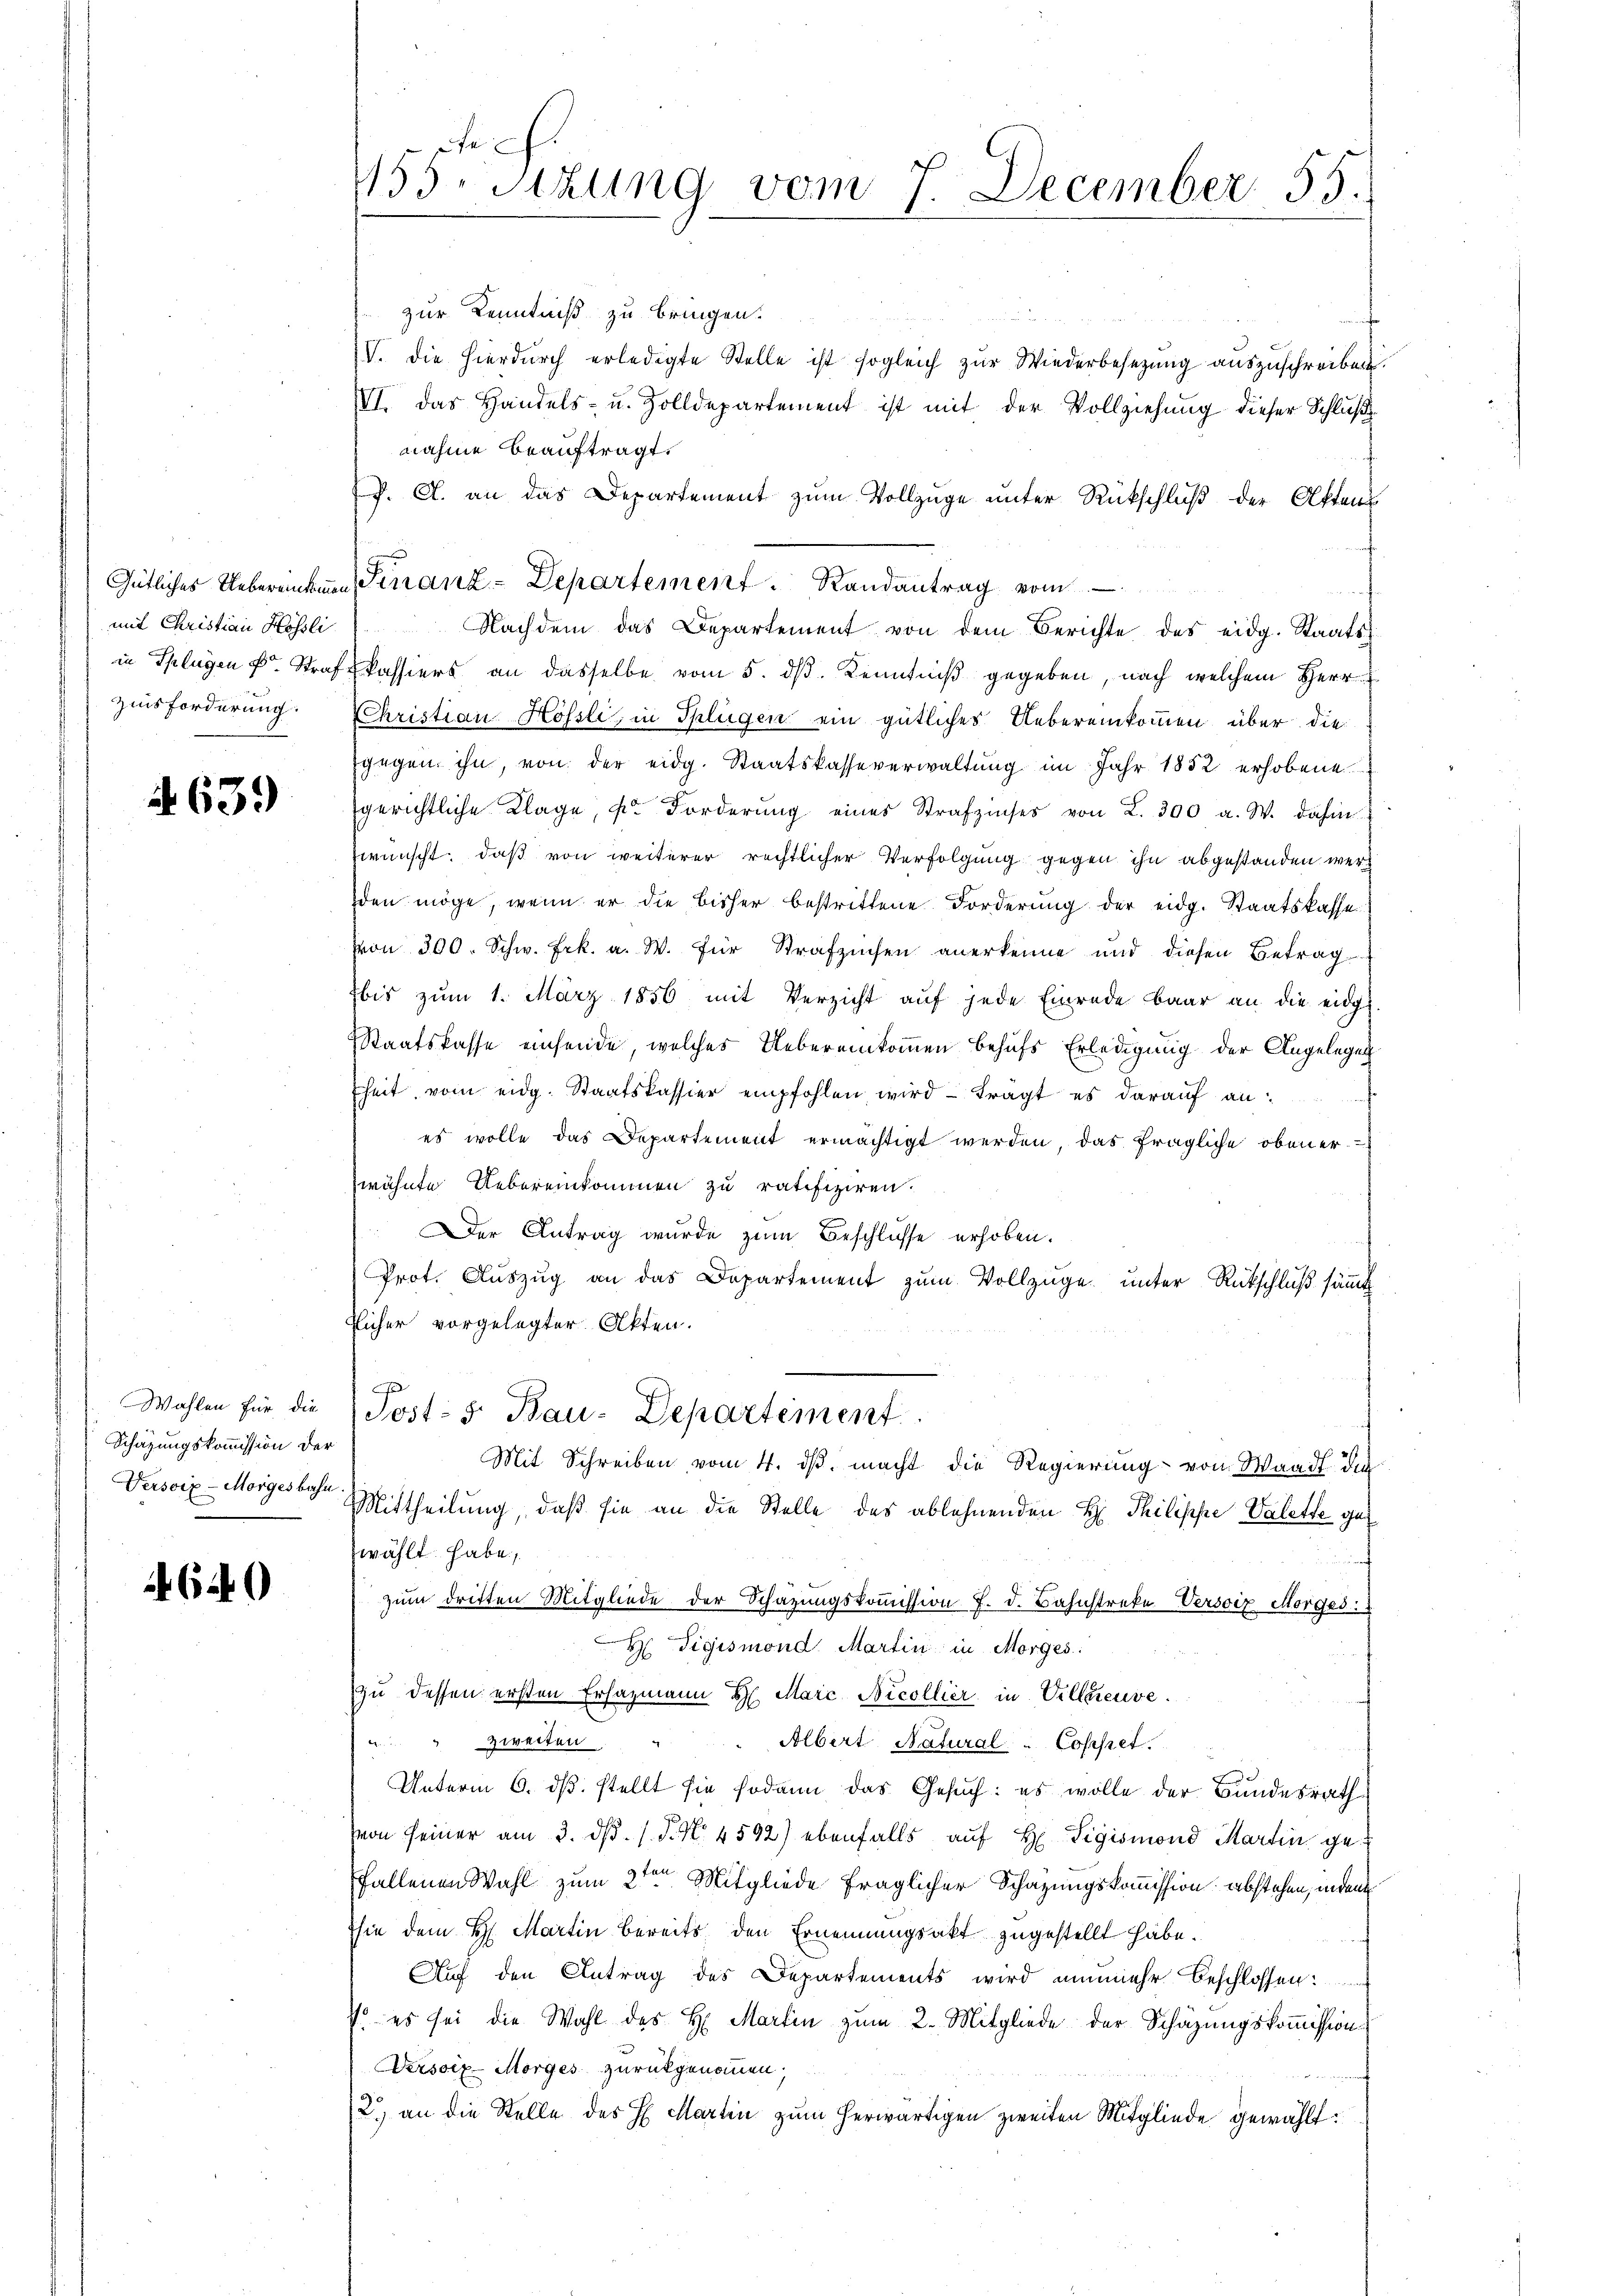
mit Christian Hössli
Zinsforderung.

A. 639

Wahlen für die
Schazungskommission der
Versoix-Morges bahn

4640

e
455 sizung vom 7. December 55.

zur Kenntniß zu bringen.
d
n
V. die hierdŭrch erledigte Stelle ist sogleich zŭr Wiederbesetzŭng aŭszŭschreiben
IVI. Das Handels- u. Zolldepartement ist mit der Vollziehung dieser Schlußnahme beauftragt.
V. A. an das Departement zum Vollzüge unter Rückschluß der Olftens
Nachdem das Departement von dem Berichte des eidg. Staats-
in Splügen k. Straf Passiers an dasselbe vom 5. dβ. Kenntniß gegeben, nach welchem Herr
CChristian Hössli, in Splügen ein gütliches Uebereinkommen über die
gegen ihn, von der eidg. Staatskasseverwaltung im Jahr 1852 erhobene
gerichtliche Klage, u. Forderŭng eines Strafzinses von L. 300 a. W. dahin
wünscht, daß von weiterer rechtlicher Verfolgung gegen ihn abgestanden werd
den möge, wenn er die bisher bestrittene Forderŭng der eidg. Staatskasse
von 300. Schw. Frk. a. W. für Strafzechen anerkenne und diesen Betrag
bis zŭm 1. März 1856 mit Verzicht auf jede Einrede baar an die eidg
Staatskasse einsende, welches Uebereinkommen behufs Erledigung der Angelegen
heit vom eidg. Staatskassier empfohlen, wird tragt es darauf an:
es wolle das Departement ermächtigt werden, das fragliche obener-
wähnte Uebereinkommen zu ratifiziren.
Der Antrag wurde zum Beschlüsse erhoben.
Prot. Auszug an das Departement zum Vollzüge unter Rückschluß sämmt
tlicher vorgelegter Akten.
Post: 5. Bau-Departement
Mit Schreiben vom 4. ds. macht die Regierung von Waadt die
Mittheilung, daß sie an die Stelle des ablehnenden H. Philippe Valette get
wählt habe,
zum dritten Mitgliede der Schazungskoṁission f. d. Bahnstreke Versoiz Mordes
H Sigismond Martin in Morges.
zu dessen ersten Ersazmann H. Maić Nicollier in Villereuve
Albert Natural " Cosesset.
" zweiten
Unterm 6. dβ. stellt sie sodann das Gesuch: es wolle der Bundesrath
(von seiner am 3. dβ. /. P. N. 4592) ebenfalls auf H Sigismond Martin geffallenen Wahl zum 2ten Mitgliede fraglicher Schazungskommission abstehen, indem
hie dem H. Martin bereits den Ernennungsakt zugestellt habe.
Aŭf den Antrag des Departements wird nunmehr beschlossen:
 es sei die Wahl des H. Martin zum 2. Mitgliede der Schäzungskoṁission
Versoix-Morges zurückgenommen,
2.) an die Stelle des H. Martin zum herwärtigen zweiten Mitgliede gewählt:

Gütliches Uebereinkunn Finanz-Departement. Randantrag vom